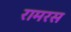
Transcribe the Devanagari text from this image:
रामरस